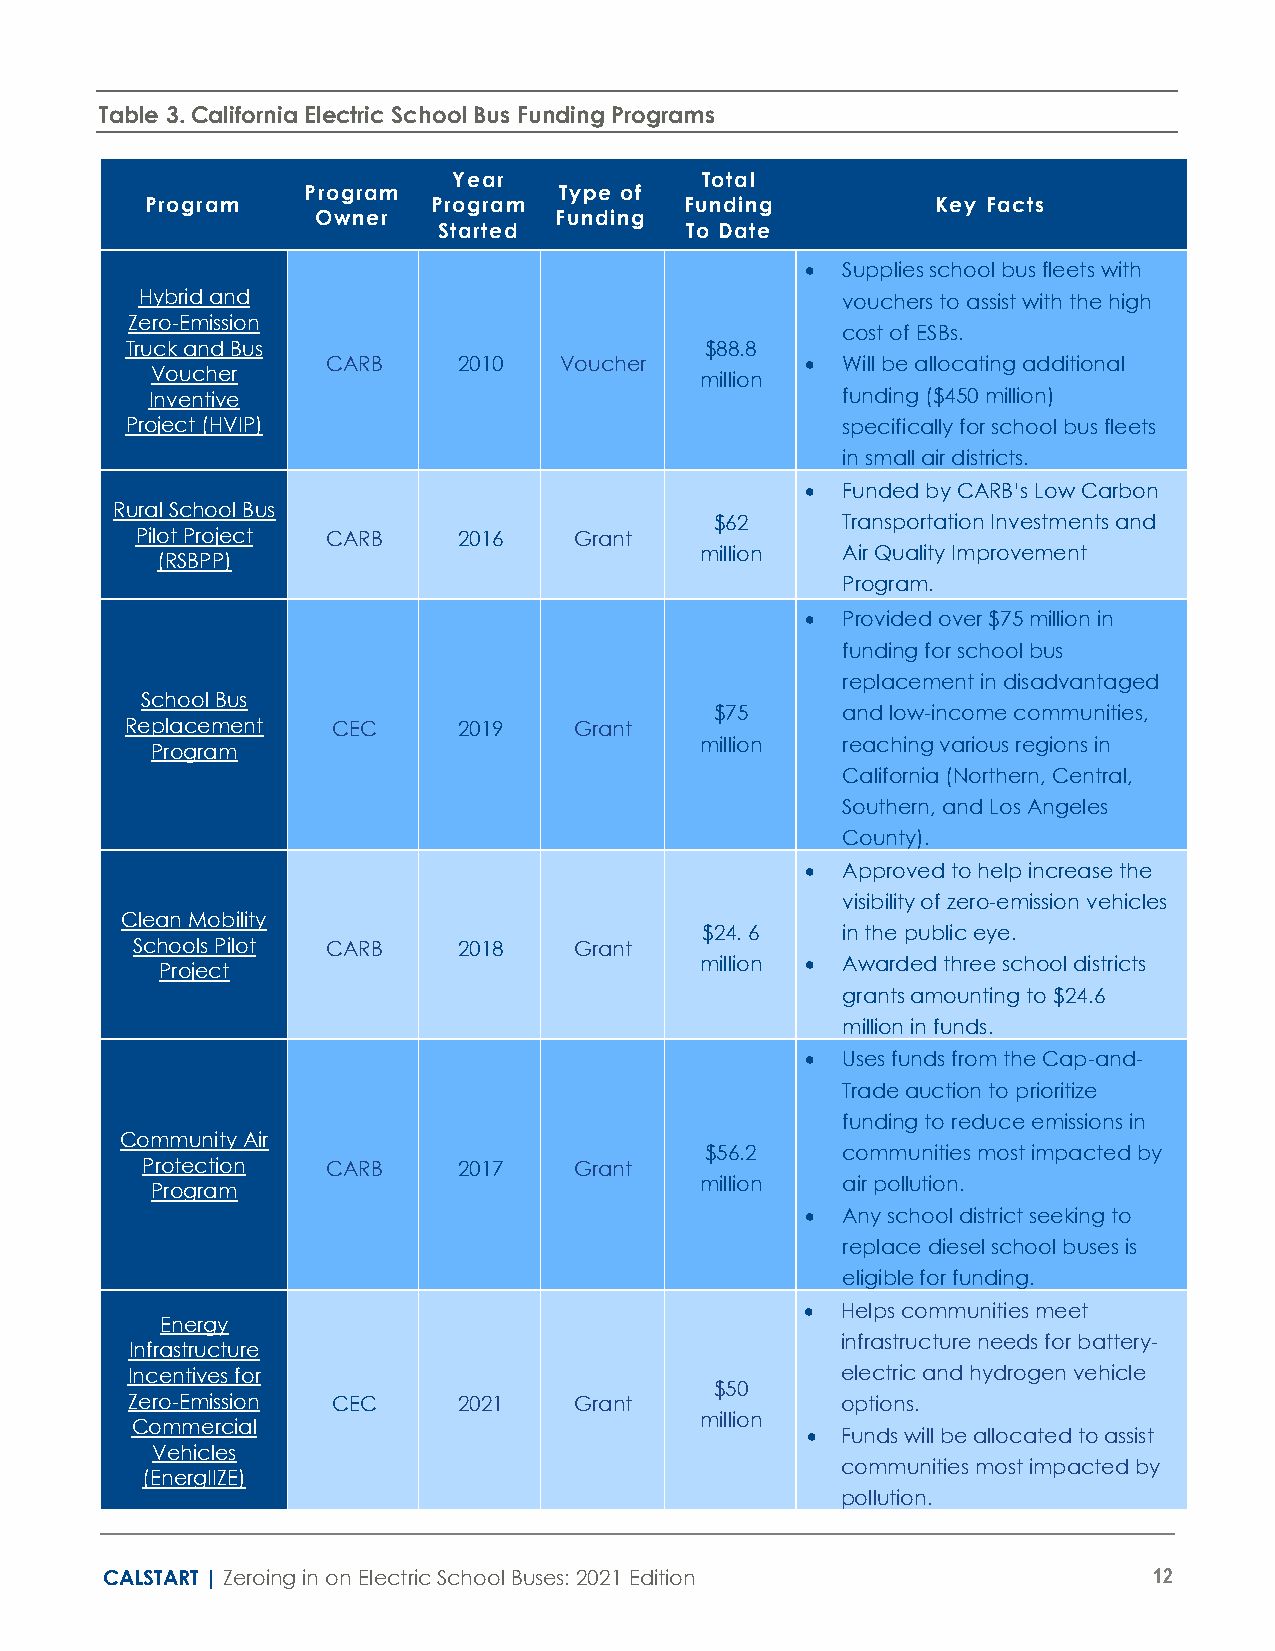
Table 3. California Electric School Bus Funding Programs
 Year            Total
 Program          Type of
 Program            Program         Funding          Key Facts
 Owner           Funding
 Started         To Date
 •  Supplies school bus fleets with
 Hybrid and                                     vouchers to assist with the high
 Zero-Emission
 cost of ESBs.
 Truck and Bus                          $88.8
 CARB    2010   Voucher         •  Will be allocating additional
 Voucher                             million
 Inventive                                     funding ($450 million)
 Project (HVIP)                                  specifically for school bus fleets
 in small air districts.
 •  Funded by CARB’s Low Carbon
 Rural School Bus
 $62      Transportation Investments and
 Pilot Project CARB   2016    Grant
 million   Air Quality Improvement
 (RSBPP)
 Program.
 •  Provided over $75 million in
 funding for school bus
 replacement in disadvantaged
 School Bus
 $75      and low-income communities,
 Replacement   CEC     2019    Grant
 million   reaching various regions in
 Program
 California (Northern, Central,
 Southern, and Los Angeles
 County).
 •  Approved to help increase the
 visibility of zero-emission vehicles
 Clean Mobility
 $24. 6    in the public eye.
 Schools Pilot CARB   2018    Grant
 million • Awarded three school districts
 Proj ect
 grants amounting to $24.6
 million in funds.
 •  Uses funds from the Cap-and-
 Trade auction to prioritize
 funding to reduce emissions in
 Community Air
 $56.2    communities most impacted by
 Protection   CARB    2017    Grant
 million   air pollution.
 Program
 •  Any school district seeking to
 replace diesel school buses is
 eligible for funding.
 •  Helps communities meet
 Energy
 infrastructure needs for battery-
 Infrastructure
 Incentives for                                  electric and hydrogen vehicle
 $50
 Zero-Emission CEC     2021    Grant             options.
 million
 Commercial
 •  Funds will be allocated to assist
 Vehicles
 communities most impacted by
 (EnergIIZE)
 pollution.
 CALSTART | Zeroing in on Electric School Buses: 2021 Edition         12